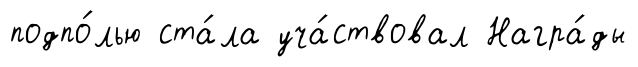
подпо́лью ста́ла уча́ствовал Награ́ды